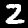
Digit: 2